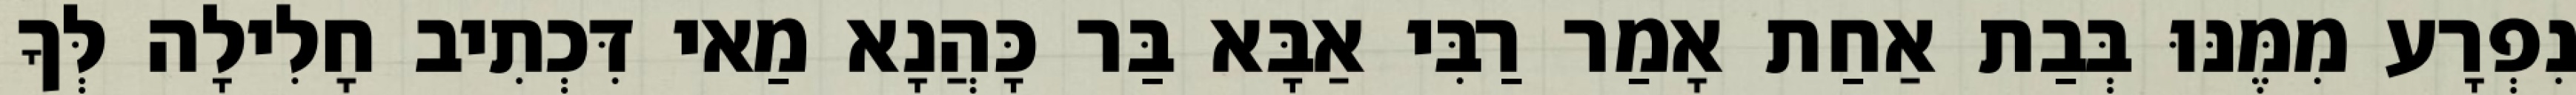
נִפְרָע מִמֶּנּוּ בְּבַת אַחַת אָמַר רַבִּי אַבָּא בַּר כָּהֲנָא מַאי דִּכְתִיב חָלִילָה לְּךָ